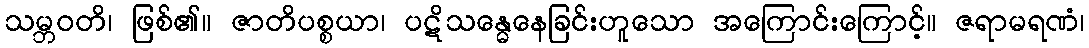
သမ္ဘဝတိ၊ ဖြစ်၏။ ဇာတိပစ္စယာ၊ ပဋိသန္ဓေနေခြင်းဟူသော အကြောင်းကြောင့်။ ဇရာမရဏံ၊